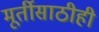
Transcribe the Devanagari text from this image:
मूर्तीसाठीही